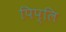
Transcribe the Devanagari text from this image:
पिप्लि